Madras plague regulations and rules - Volume 2
Disease focus: Plague
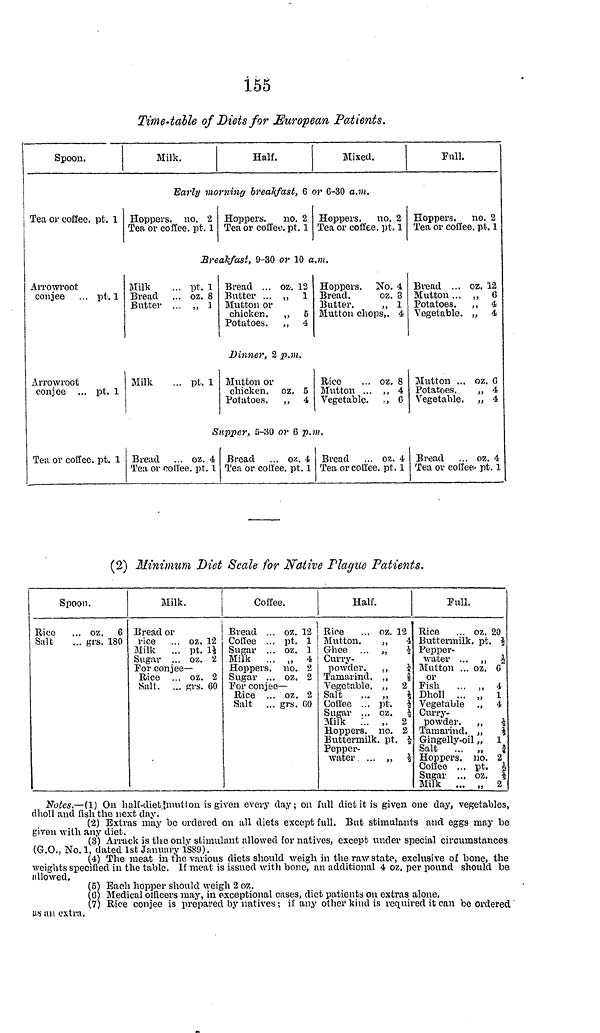
155
Time-table of Diets for European Patients.
Spoon.
Milk.
Half.
Mixed.
Full.
Early morning breakfast, 6 or 6-30 a.m.
Tea or coffee, pt. 1 Hoppers, no. 2
Tea or coffee, pt. 1
Hoppers.
no. 2
Tea or coffee. pt. 1
Hoppers. no. 2
Tea or coffee, pt. 1
Hoppers. no. 2
Tea or coffee. pt. 1
Breakfast, 9-30 or 10 a.m.
Arrowroot
conjee ... pt. 1
Milk
... pt. 1
Bread ... oz. 8
Butter ... ,, 1
Bread ... oz. 12
Butter ... ,, 1
Mutton or
chicken.
,, 5
Potatoes. „ 4
Hoppers. No. 4
Bread.
oz. 3
Butter.
,, 1
Mutton chops,. 4
Bread ... oz. 12
Mutton ... „ 6
Potatoes. „ 4
Vegetable. „ 4
Dinner, 2 p.m.
Arrowroot
conjee ... pt. 1
Milk
... pt. 1 Mutton or
chicken, oz. 5
Potatoes, ,, 4
Rice
... oz. 8
Mutton ... ,, 4
Vegetable. ., 6
Mutton ... oz. C
Potatoes.
,, 4
Vegetable. ,, 4
Supper, 5-30 or 6 p.m.
Tea or coffee. pt. 1 Bread ... oz. 4
Tea or coffee, pt. 1
Bread ... oz. 4 Bread ... oz. 4
Tea or coffee. pt. 1 Tea or coffee. pt. 1
Bread ... oz. 4
Tea or coffee. pt. 1
(2) Minimum Diet Scale for Native Plague Patients.
Spoon.
Rice ... oz. 6
Salt
... grs. 180
Milk.
Bread or
rice ... oz. 12
Milk ... pt. 1½
Sugar ... oz. 2
For conjee-
Rice ... oz. 2
Salt. ... grs. 60
Coffee.
Bread ... oz. 12
Coffee ... pt. 1
Sugar ... oz. 1
Milk ... „ 4
Hoppers, no. 2
Sugar ... oz. 2
For conjee —
Rice ... oz. 2
Salt ... grs. 60
Half.
Rice ... oz. 12
Mutton.
, 4
Ghee ... , ½
Curry-
powder.
, ¼
Tamarind. , \3/8\
Vegetable. , 2
Salt
. . , ½
Coffee . , pt. ½
Sugar , . oz. ½
Milk ... ,. 2
Hoppers no. 2
Buttermilk, pt. ½
Pepper-
water ... ,, ½
Full.
Rice ... oz. 20
Buttermilk, pt. ½
Pepper-
water ... ,, ½
Mutton ... oz. 6
or
Fish
... , 4
Dholl ...
1
Vegetable
4
Curry-
powder.
½
Tamarind. \3/2\
Gingelly-oil
1
Salt
...
¾
Hoppers, no. 2
Coffee ... pt. ½
Sugar ... oz. ½
Milk ... „ 2
Notes.—(1) On half-diet mution is given every clay; on full diet it is given one day, vegetables,
dholl and fish the next day.
(2) Extras may be ordered on all diets except full. But stimulants and eggs may be
given with any diet,
(3) Arrack is the only stimulant allowed for natives, except under special circumstances
(G.O., No. 1, dated 1st January 1889).
(4) The meat in the various diets should weigh in the raw state, exclusive of bone, the
weights specified in the table. If meat is issued with bone, an additional 4 oz. per pound should be
allowed.
(5) Each hopper should weigh 2 oz.
(6) Medical officers may, in exceptional cases, diet patients on extras alone.
(7) Rice conjee is prepared by natives; if any other kind is required it can be Ordered
us an extra.